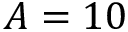
A = 1 0